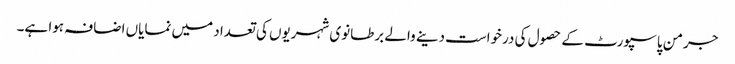
جرمن پاسپورٹ کے حصول کی درخواست دینے والے برطانوی شہریوں کی تعداد میں نمایاں اضافہ ہوا ہے۔